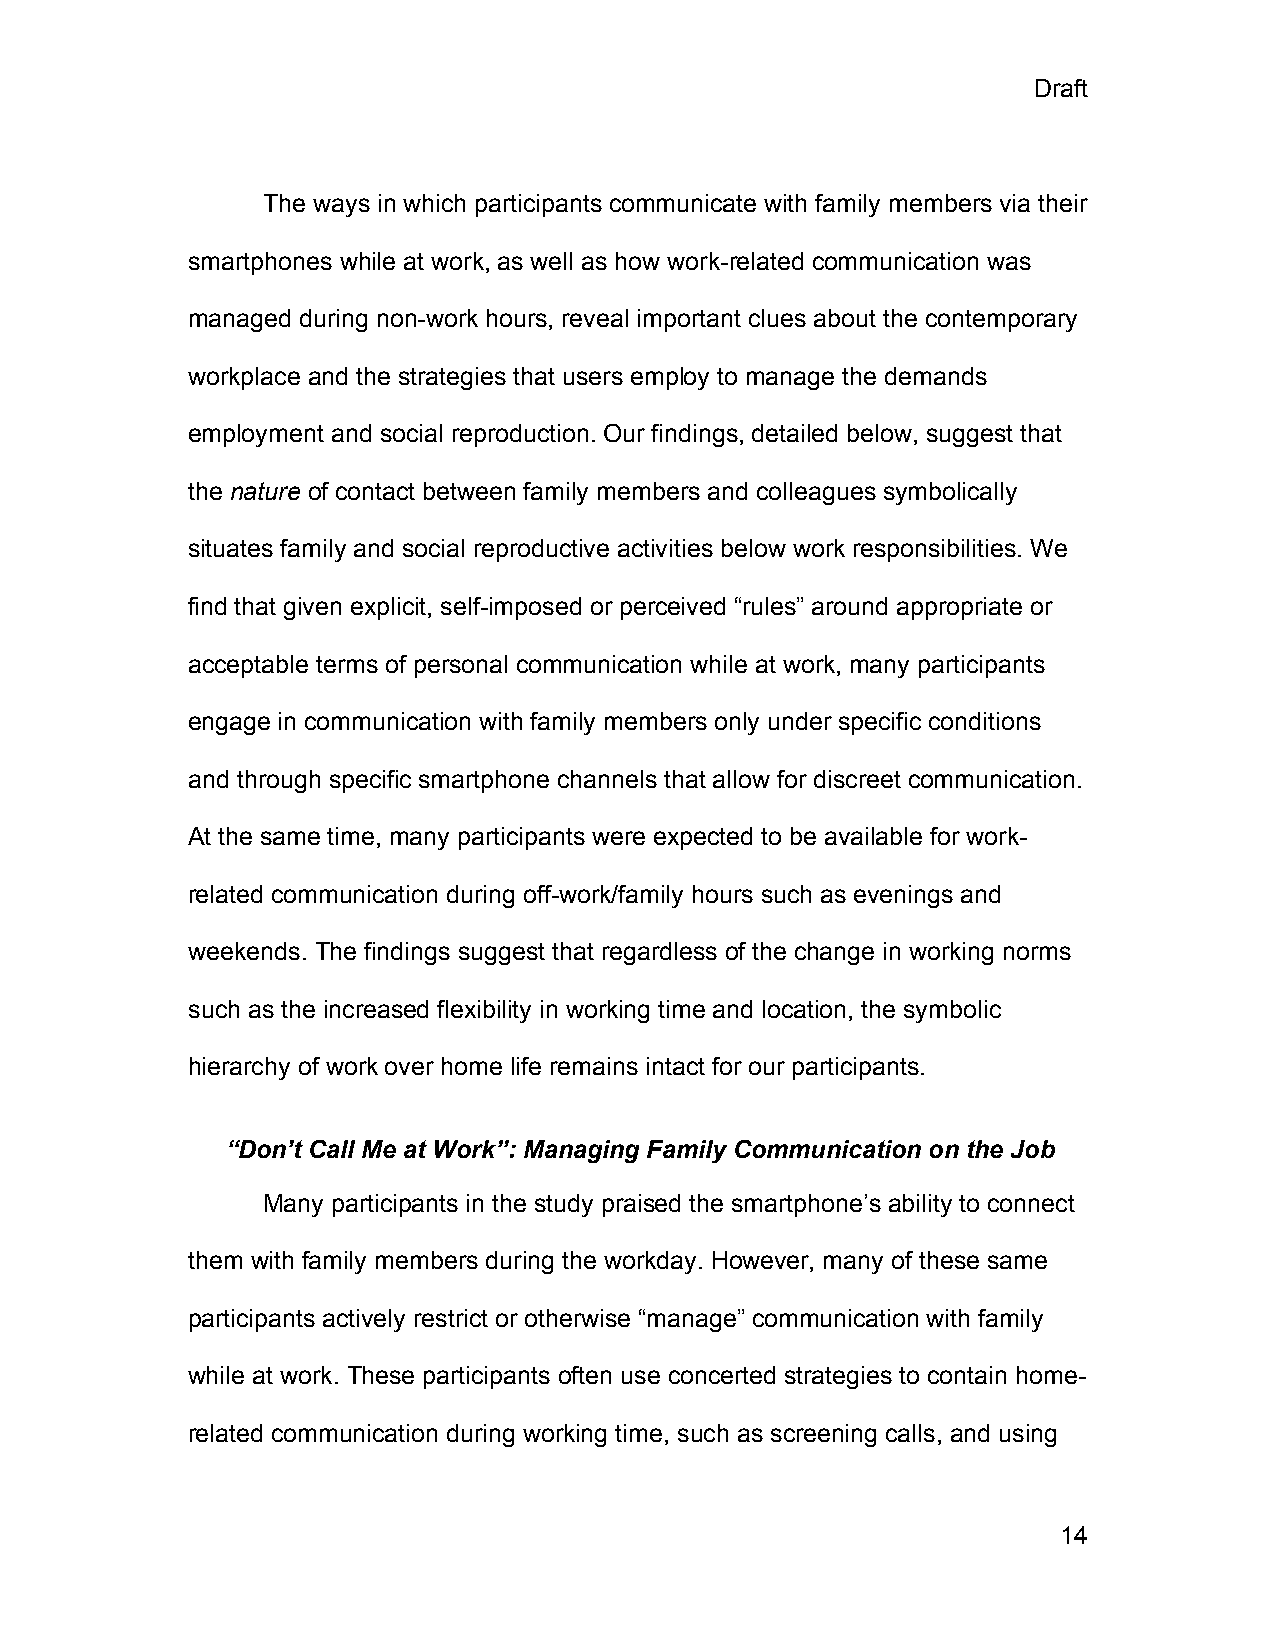
Draft
 The ways in which participants communicate with family members via their
 smartphones while at work, as well as how work-related communication was
 managed during non-work hours, reveal important clues about the contemporary
 workplace and the strategies that users employ to manage the demands
 employment and social reproduction. Our findings, detailed below, suggest that
 the nature of contact between family members and colleagues symbolically
 situates family and social reproductive activities below work responsibilities. We
 find that given explicit, self-imposed or perceived “rules” around appropriate or
 acceptable terms of personal communication while at work, many participants
 engage in communication with family members only under specific conditions
 and through specific smartphone channels that allow for discreet communication.
 At the same time, many participants were expected to be available for work-
 related communication during off-work/family hours such as evenings and
 weekends. The findings suggest that regardless of the change in working norms
 such as the increased flexibility in working time and location, the symbolic
 hierarchy of work over home life remains intact for our participants.
 “Don’t Call Me at Work”: Managing Family Communication on the Job
 Many participants in the study praised the smartphone’s ability to connect
 them with family members during the workday. However, many of these same
 participants actively restrict or otherwise “manage” communication with family
 while at work. These participants often use concerted strategies to contain home-
 related communication during working time, such as screening calls, and using
 14